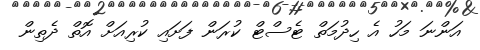
އަންނަ މަހު އެ ހިދުމަތް ޓެސްޓް ކުރަން ފަށައި ކުރިއަށް އޮތް ދެތިން